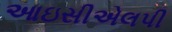
આઇસીએલપી